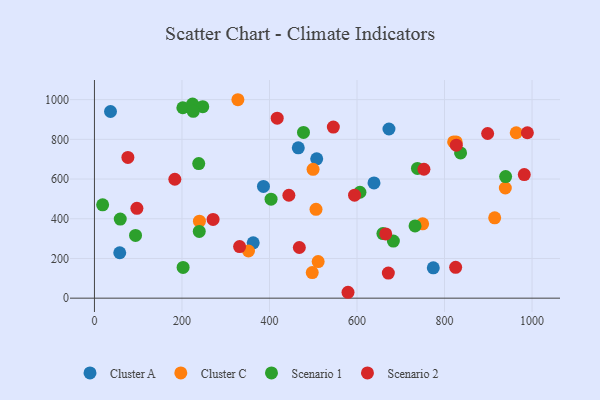
{"axis": {"x": "Distance", "y": "Exam Score"}, "legend": ["Cluster A", "Cluster C", "Scenario 1", "Scenario 2"], "data": [{"x": "386.2", "y": 562.7, "type": "Cluster A"}, {"x": "57.8", "y": 228.8, "type": "Cluster A"}, {"x": "362.8", "y": 278.9, "type": "Cluster A"}, {"x": "638.8", "y": 580.3, "type": "Cluster A"}, {"x": "774.3", "y": 152.8, "type": "Cluster A"}, {"x": "465.8", "y": 757.3, "type": "Cluster A"}, {"x": "507.9", "y": 702.0, "type": "Cluster A"}, {"x": "673.0", "y": 852.1, "type": "Cluster A"}, {"x": "36.7", "y": 940.2, "type": "Cluster A"}, {"x": "506.3", "y": 447.5, "type": "Cluster C"}, {"x": "826.6", "y": 786.9, "type": "Cluster C"}, {"x": "499.6", "y": 648.7, "type": "Cluster C"}, {"x": "820.8", "y": 786.8, "type": "Cluster C"}, {"x": "239.9", "y": 388.0, "type": "Cluster C"}, {"x": "914.6", "y": 404.7, "type": "Cluster C"}, {"x": "497.7", "y": 128.7, "type": "Cluster C"}, {"x": "750.0", "y": 374.4, "type": "Cluster C"}, {"x": "938.9", "y": 554.9, "type": "Cluster C"}, {"x": "511.2", "y": 184.2, "type": "Cluster C"}, {"x": "352.0", "y": 237.7, "type": "Cluster C"}, {"x": "963.8", "y": 833.2, "type": "Cluster C"}, {"x": "327.8", "y": 999.5, "type": "Cluster C"}, {"x": "202.0", "y": 959.0, "type": "Scenario 1"}, {"x": "836.7", "y": 731.8, "type": "Scenario 1"}, {"x": "224.2", "y": 978.0, "type": "Scenario 1"}, {"x": "247.5", "y": 964.3, "type": "Scenario 1"}, {"x": "93.9", "y": 315.9, "type": "Scenario 1"}, {"x": "683.1", "y": 287.4, "type": "Scenario 1"}, {"x": "59.0", "y": 398.3, "type": "Scenario 1"}, {"x": "659.2", "y": 325.6, "type": "Scenario 1"}, {"x": "732.6", "y": 363.9, "type": "Scenario 1"}, {"x": "477.7", "y": 834.7, "type": "Scenario 1"}, {"x": "238.3", "y": 677.9, "type": "Scenario 1"}, {"x": "202.6", "y": 154.9, "type": "Scenario 1"}, {"x": "225.8", "y": 941.1, "type": "Scenario 1"}, {"x": "606.7", "y": 533.5, "type": "Scenario 1"}, {"x": "18.7", "y": 470.2, "type": "Scenario 1"}, {"x": "403.6", "y": 498.5, "type": "Scenario 1"}, {"x": "738.1", "y": 653.7, "type": "Scenario 1"}, {"x": "939.6", "y": 612.5, "type": "Scenario 1"}, {"x": "239.5", "y": 336.1, "type": "Scenario 1"}, {"x": "468.2", "y": 255.1, "type": "Scenario 2"}, {"x": "271.1", "y": 396.7, "type": "Scenario 2"}, {"x": "594.4", "y": 518.9, "type": "Scenario 2"}, {"x": "183.7", "y": 598.9, "type": "Scenario 2"}, {"x": "825.4", "y": 155.5, "type": "Scenario 2"}, {"x": "417.6", "y": 906.5, "type": "Scenario 2"}, {"x": "331.7", "y": 259.9, "type": "Scenario 2"}, {"x": "76.4", "y": 708.7, "type": "Scenario 2"}, {"x": "826.9", "y": 770.5, "type": "Scenario 2"}, {"x": "982.2", "y": 622.5, "type": "Scenario 2"}, {"x": "671.6", "y": 126.2, "type": "Scenario 2"}, {"x": "579.4", "y": 29.7, "type": "Scenario 2"}, {"x": "752.9", "y": 649.4, "type": "Scenario 2"}, {"x": "97.0", "y": 452.6, "type": "Scenario 2"}, {"x": "898.5", "y": 829.3, "type": "Scenario 2"}, {"x": "989.3", "y": 833.1, "type": "Scenario 2"}, {"x": "545.9", "y": 861.9, "type": "Scenario 2"}, {"x": "444.3", "y": 518.4, "type": "Scenario 2"}, {"x": "665.7", "y": 323.5, "type": "Scenario 2"}]}